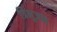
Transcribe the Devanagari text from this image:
त्रिभूजन